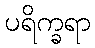
ပရိက္ခရာ